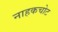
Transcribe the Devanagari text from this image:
नाहकचोट